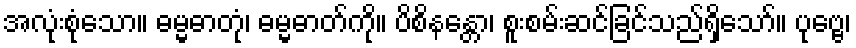
အလုံးစုံသော။ ဓမ္မဓာတုံ၊ ဓမ္မဓာတ်ကို။ ပိစိနန္တော၊ စူးစမ်းဆင်ခြင်သည်ရှိသော်။ ပုဗ္ဗေ၊